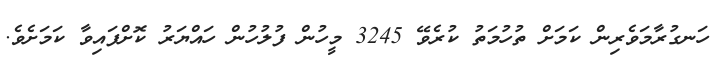
ހަނގުރާމަވެރިން ކަމަށް ތުހުމަތު ކުރެވޭ 3245 މީހުން ފުލުހުން ހައްޔަރު ކޮށްފައިވާ ކަމަށެވެ.